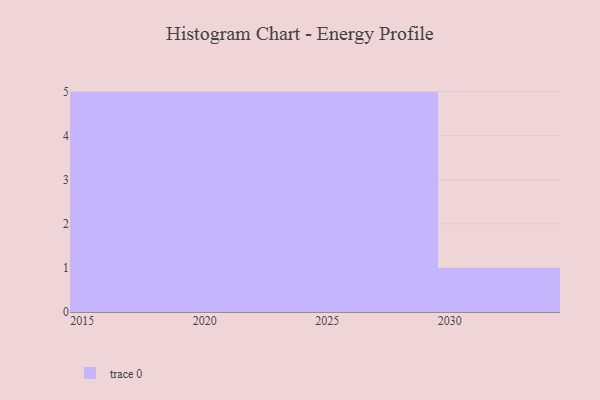
{"axis": {"x": "Year", "y": "Energy Usage (MWh)"}, "legend": [""], "data": [{"x": "2025", "y": 11, "type": ""}, {"x": "2023", "y": 98, "type": ""}, {"x": "2024", "y": 40, "type": ""}, {"x": "2028", "y": 92, "type": ""}, {"x": "2027", "y": 33, "type": ""}, {"x": "2016", "y": 47, "type": ""}, {"x": "2021", "y": 97, "type": ""}, {"x": "2029", "y": 21, "type": ""}, {"x": "2017", "y": 76, "type": ""}, {"x": "2020", "y": 22, "type": ""}, {"x": "2019", "y": 65, "type": ""}, {"x": "2015", "y": 99, "type": ""}, {"x": "2030", "y": 56, "type": ""}, {"x": "2026", "y": 62, "type": ""}, {"x": "2018", "y": 37, "type": ""}, {"x": "2022", "y": 36, "type": ""}]}